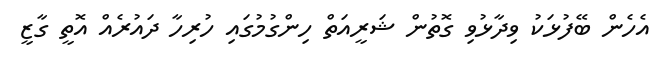
އެހެން ބޭފުޅަކު ވިދާޅުވި ގޮތުން ޝަރީއަތް ހިންގުމުގައި ހުރިހާ ދައުރެއް އޮތީ ގާޒީ